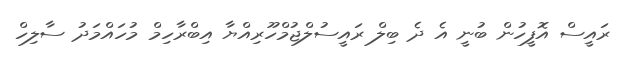
ރައީސް އޮފީހުން ބުނީ އެ ދެ ބިލް ރައީސުލްޖުމްހޫރިއްޔާ އިބްރާހިމް މުހައްމަދު ސާލިހް